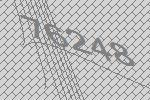
76248